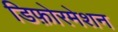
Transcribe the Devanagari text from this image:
डिफ़ोरमेशन